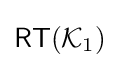
{\mathsf {RT}}({\mathcal {K}}_{1})